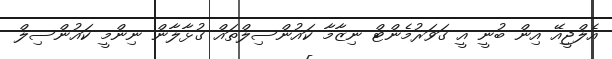
އެލްޖީއޭ އިން ބުނީ އީ ގަވަރުމެންޓް ނިޒާމާ ކައުންސިލްތައް ގުޅާލާން ނިންމީ ކައުންސިލް